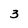
Character: 3